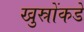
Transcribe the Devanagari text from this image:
खुस्रोंकडे